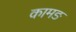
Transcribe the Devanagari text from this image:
कामङ